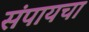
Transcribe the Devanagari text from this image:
संपायचा